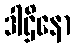
ဒါဌိနော